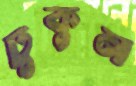
ঢুকুন